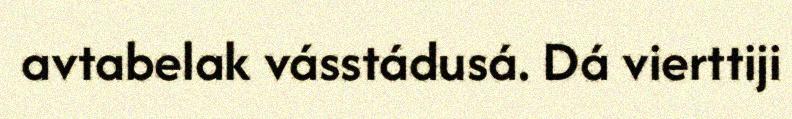
avtabelak vásstádusá. Dá vierttiji